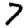
Digit: 7